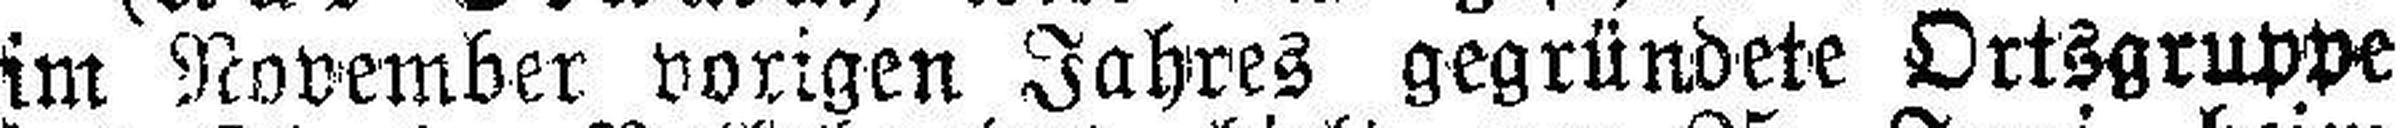
im November vorigen Jahres gegründete Ortsgruppe